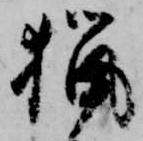
猟